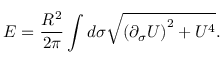
E = \frac { R ^ { 2 } } { 2 \pi } \int d \sigma \sqrt { \left( \partial _ { \sigma } U \right) ^ { 2 } + U ^ { 4 } } .